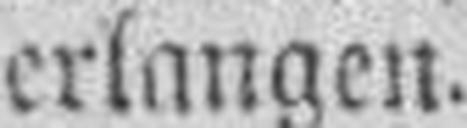
erlangen.